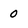
Character: 0